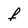
Character: f